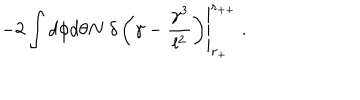
LaTeX: \left. - 2 \int d \phi d \theta N \ \delta \left( \gamma - \frac { \gamma ^ { 3 } } { l ^ { 2 } } \right) \right| _ { r _ { + } } ^ { r _ { + + } } \ .